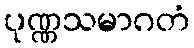
ပုဏ္ဏသမာဂတံ